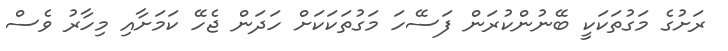
ރަށުގެ މަގުތަކަކީ ބޭނުންކުރަން ފަސޭހަ މަގުތަކަކަށް ހަދަން ޖެހޭ ކަމަށާއި މިހާރު ވެސް